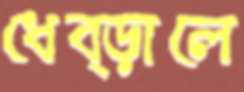
ধেব্‌ড়ালে